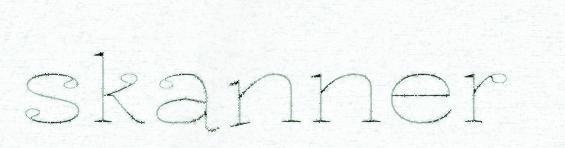
skanner